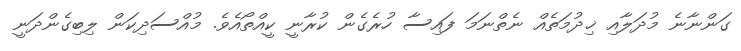
ގަންނާނެ މުދަލާއި ޚިދުމަތެއް ނެތްނަމަ ފައިސާ ހުރެގެން ކުރާނީ ކީއްތޯއެވެ. މުއްސަދިކަން ލިބިގެންދަނީ